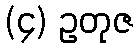
(၄) ဥတုဇ